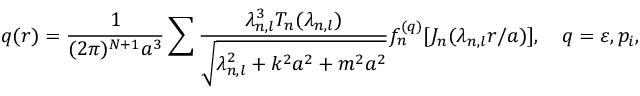
q ( r ) = \frac { 1 } { ( 2 \pi ) ^ { N + 1 } a ^ { 3 } } \sum _ { { \bf \alpha } } \frac { \lambda _ { n , l } ^ { 3 } T _ { n } ( \lambda _ { n , l } ) } { \sqrt { \lambda _ { n , l } ^ { 2 } + k ^ { 2 } a ^ { 2 } + m ^ { 2 } a ^ { 2 } } } f _ { n } ^ { ( q ) } [ J _ { n } ( \lambda _ { n , l } r / a ) ] , \quad q = \varepsilon , p _ { i } ,